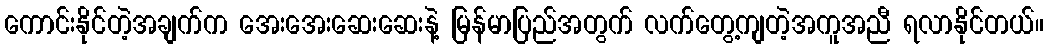
ကောင်းနိုင်တဲ့အချက်က အေးအေးဆေးဆေးနဲ့ မြန်မာပြည်အတွက် လက်တွေ့ကျတဲ့အကူအညီ ရလာနိုင်တယ်။